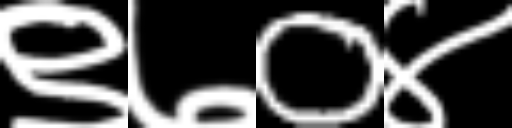
Text: ९७0४